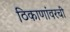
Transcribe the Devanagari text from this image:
ठिकाणांवरची